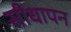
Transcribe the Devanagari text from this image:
सीधापन